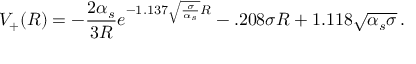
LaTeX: V _ { + } ( R ) = - { \frac { 2 \alpha _ { s } } { 3 R } } e ^ { - 1 . 1 3 7 \sqrt { \frac { \sigma } { \alpha _ { s } } } R } - . 2 0 8 \sigma R + 1 . 1 1 8 \sqrt { \alpha _ { s } \sigma } \, .